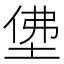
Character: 𡌅